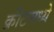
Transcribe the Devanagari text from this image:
क्रीटमध्ये